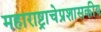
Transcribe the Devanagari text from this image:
महाराष्ट्राचेप्रशासकीय